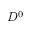
D ^ { 0 }